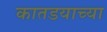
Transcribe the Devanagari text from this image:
कातडयाच्या